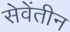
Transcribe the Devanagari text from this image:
सेवेंतीन